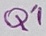
Text: Q1